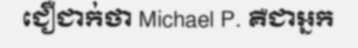
ជឿជាក់ថា Michael P. គឺជាអ្នក